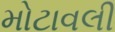
મોટાવલી